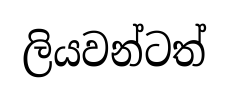
ලියවන්ටත්